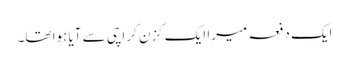
ایک دفعہ میرا ایک کزن کراچی سے آیا ہوا تھا۔